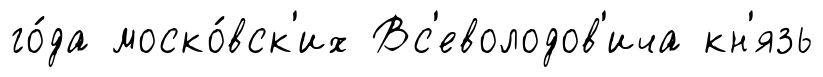
го́да моско́вск'их Вс'еволодов'ича кн'язь